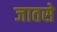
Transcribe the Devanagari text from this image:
जातसे